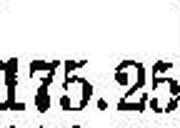
175.25